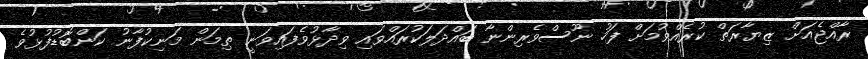
ރާއްޖެއަށް ޒިޔާރަތް ކުރެއްވުމަށް ފަހު ނޫސްވެރިންނާ ބައްދަލަކުރައްވައި ވިދާޅުވެފައިވަނީ ތިމަން މަނިކުފާނު ކަންބޮޑުފުޅުވެ